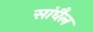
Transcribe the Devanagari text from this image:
सांघैल